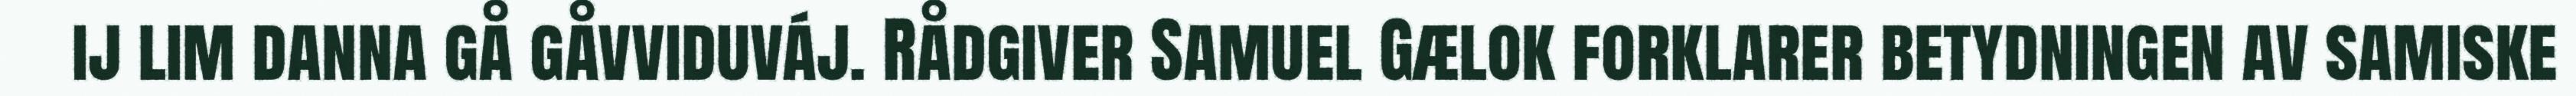
ij lim danna gå gåvviduváj. Rådgiver Samuel Gælok forklarer betydningen av samiske